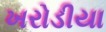
ખરોડીયા